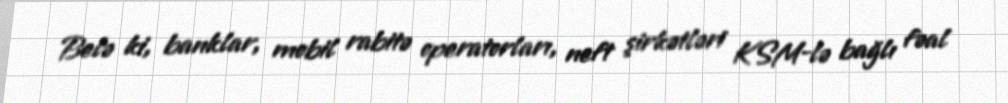
Belə ki, banklar, mobil rabitə operatorları, neft şirkətləri KSM-lə bağlı fəal